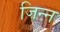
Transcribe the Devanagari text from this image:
जिन्‍न